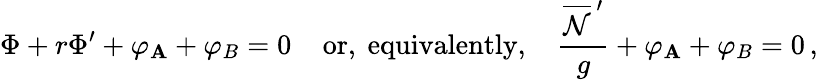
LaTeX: {\Phi}+r{\Phi}^{\prime}+{\varphi}_{\mathbf{A}}+{\varphi}_{B}=0\; \; \; \; \mathrm{{or,~equivalently,}}\; \; \; \; \frac{{\overline{{{{\cal{N}}}}}^{\, \prime}}}{{g}}+{\varphi}_{\mathbf{A}}+{\varphi}_{B}=0\, ,